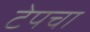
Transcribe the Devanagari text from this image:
टेपचा